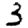
Digit: 3